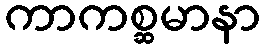
ကာကစ္ဆမာနာ